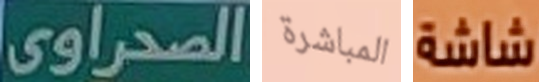
الصحراوى المباشرة شاشة